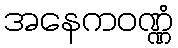
အနေကဝဏ္ဏံ